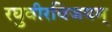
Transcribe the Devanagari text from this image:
रघुवीरविजयम्